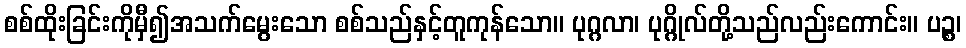
စစ်ထိုးခြင်းကိုမှီ၍အသက်မွေးသော စစ်သည်နှင့်တူကုန်သော။ ပုဂ္ဂလာ၊ ပုဂ္ဂိုလ်တို့သည်လည်းကောင်း။ ပဉ္စ၊